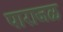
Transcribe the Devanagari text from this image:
पाराजळ